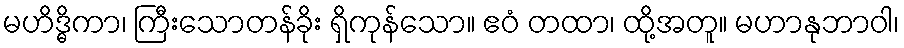
မဟိဒ္ဓိကာ၊ ကြီးသောတန်ခိုး ရှိကုန်သော။ ဧဝံ တထာ၊ ထို့အတူ။ မဟာနုဘာဝါ၊